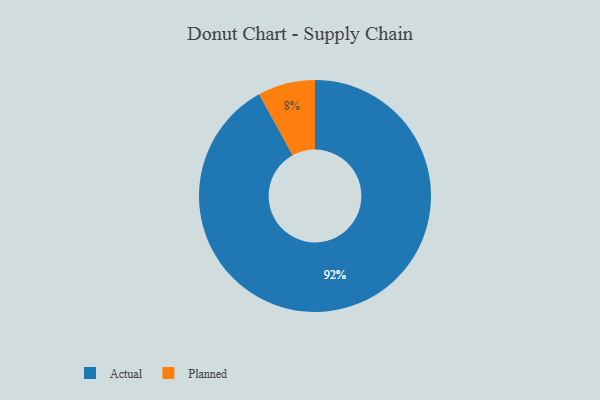
{"axis": {"x": "Category", "y": "Percentage"}, "legend": ["Actual", "Planned"], "data": [{"x": "Actual", "y": 92, "type": "Actual"}, {"x": "Planned", "y": 8, "type": "Planned"}]}